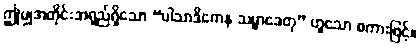
ဤမျှအတိုင်းအရှည်ရှိသော “ပါသာဒိကေန သမ္မာဒေတု” ဟူသော စကားဖြင့်။